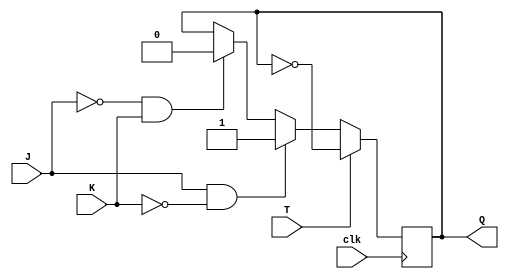
module t_flip_flop (
  input J,
  input K,
  input clk,
  input T,
  output reg Q
);

always @(posedge clk) begin
  if (T) begin
    Q <= ~Q;
  end else begin
    if (J & ~K) begin
      Q <= 1'b1;
    end else if (~J & K) begin
      Q <= 1'b0;
    end
  end
end

endmodule